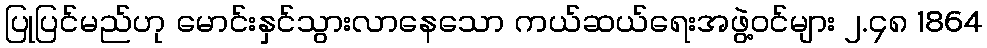
ပြုပြင်မည်ဟု မောင်းနှင်သွားလာနေသော ကယ်ဆယ်ရေးအဖွဲ့ဝင်များ ၂.၄၈ 1864